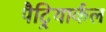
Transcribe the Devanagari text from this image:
पैट्रियार्कल